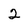
Character: 2